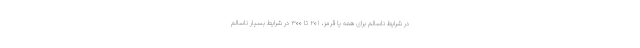
در شرایط ناسالم برای همه یا قرمز، ۲۰۱ تا ۳۰۰ در شرایط بسیار ناسالم